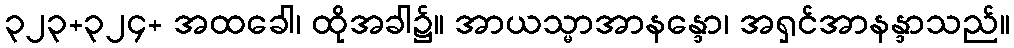
၃၂၃+၃၂၄+ အထခေါ၊ ထိုအခါ၌။ အာယသ္မာအာနန္ဒော၊ အရှင်အာနန္ဒာသည်။